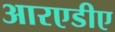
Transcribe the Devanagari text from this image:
आरएडीए